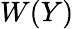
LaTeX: W(Y)